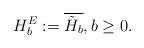
LaTeX: \begin{align*} H_b^E:= \overline{\tilde{H}_b},b\geq 0.\end{align*}